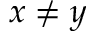
x \neq y